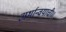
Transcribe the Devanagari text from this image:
अर्थान्वयाची।।